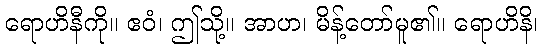
ရောဟိနီကို။ ဧဝံ၊ ဤသို့။ အာဟ၊ မိန့်တော်မူ၏။ ရောဟိနိ၊